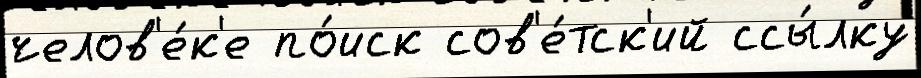
челов'е́к'е по́иск сов'е́тск'ий ссы́лку